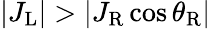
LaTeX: |J_{\mathrm{L}}|>|J_{\mathrm{R}}\cos\theta_{\mathrm{R}}|